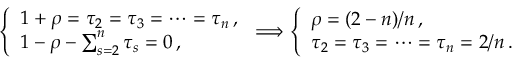
\left\{ \begin{array} { l } { { 1 + \rho = \tau _ { 2 } = \tau _ { 3 } = \cdots = \tau _ { n } \, , } } \\ { { 1 - \rho - \sum _ { s = 2 } ^ { n } \tau _ { s } = 0 \, , } } \end{array} \right. \Longrightarrow \left\{ \begin{array} { l } { { \rho = ( 2 - n ) / n \, , } } \\ { { \tau _ { 2 } = \tau _ { 3 } = \cdots = \tau _ { n } = 2 / n \, . } } \end{array} \right.